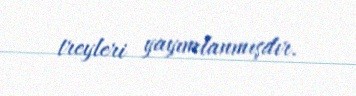
treyleri yayımlanmışdır.